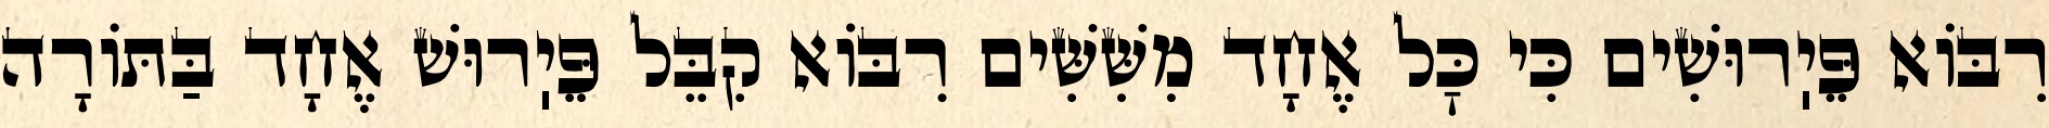
רִבּוֹא פֵּיֽרוּשִׁים כִּי כׇּל אֶחָד מִשִּׁשִּׁים רִבּוֹא קִבֵּל פֵּיֽרוּשׁ אֶחָד בַּתּוֹרָה